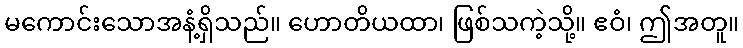
မကောင်းသောအနံ့ရှိသည်။ ဟောတိယထာ၊ ဖြစ်သကဲ့သို့။ ဧဝံ၊ ဤအတူ။